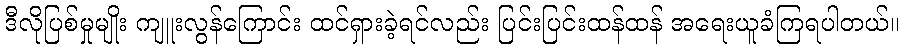
ဒီလိုပြစ်မှုမျိုး ကျူးလွန်ကြောင်း ထင်ရှားခဲ့ရင်လည်း ပြင်းပြင်းထန်ထန် အရေးယူခံကြရပါတယ်။